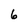
Character: 6